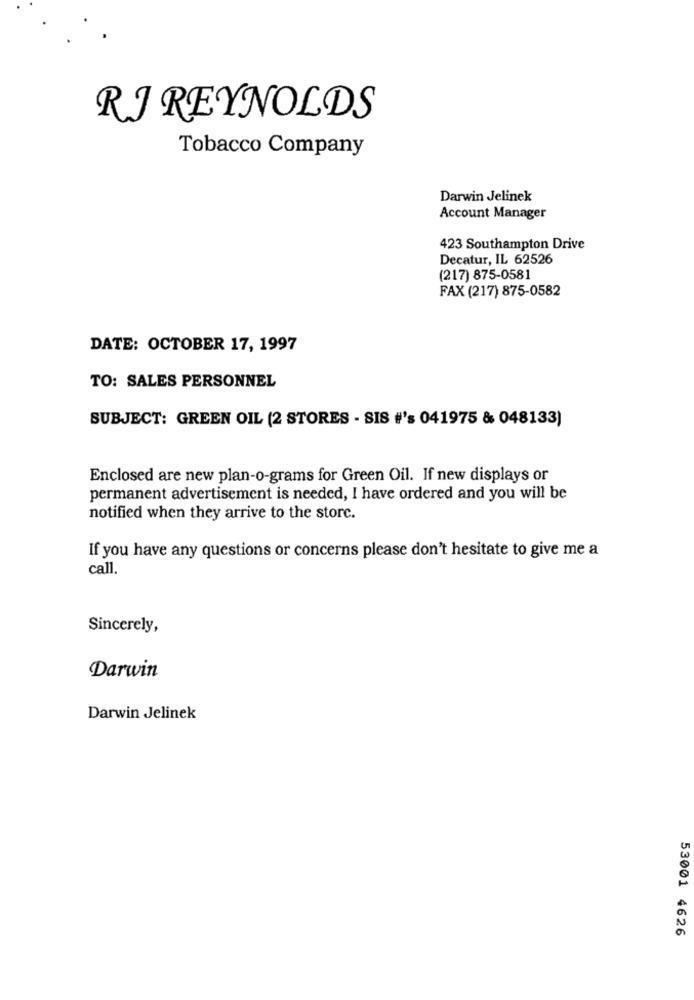
RJ REYNOLDS
Tobacco Company
Darwin Jelinek
Account Manager
423 Southampton Drive
Decatur, IL 62526
(217) 875-0581
FAX (217) 875-0582
DATE: OCTOBER 17, 1997
TO: SALES PERSONNEL
SUBJECT: GREEN OIL (2 STORES - SIS #'s 041975 & 048133)
Enclosed are new plan-o-grams for Green Oil. If new displays or
permanent advertisement is needed, I have ordered and you will be
notified when they arrive to the storc.
If you have any questions or concerns please don't hesitate to give me a
call.
Sincerely,
Darwin
Darwin Jelinek
53001 4626